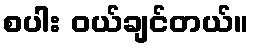
စပါး ဝယ်ချင်တယ်။